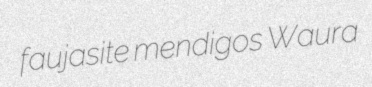
faujasite mendigos Waura